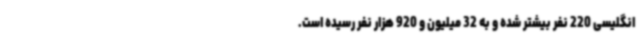
انگلیسی 220 نفر بیشتر شده و به 32 میلیون و 920 هزار نفر رسیده است.